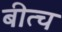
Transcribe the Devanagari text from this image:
बीत्च